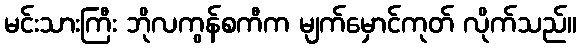
မင်းသားကြီး ဘိုလကွန်စကီက မျက်မှောင်ကုတ် လိုက်သည်။